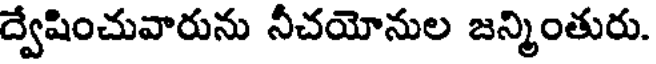
ద్వేషించువారును నీచయోనుల జన్మింతురు.